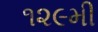
૧૨૯મી